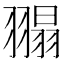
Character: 𦑼